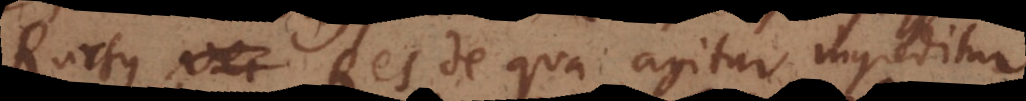
Rursus Res de qua agitur ingreditur